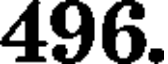
496.